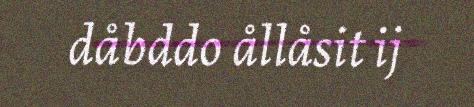
dåbddo ållåsit ij